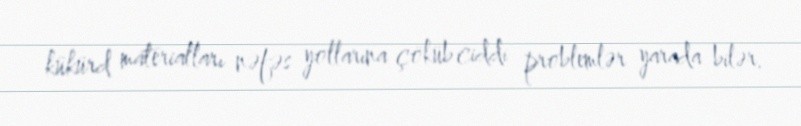
kükürd materialları nəfəs yollarına çöküb ciddi problemlər yarada bilər.